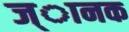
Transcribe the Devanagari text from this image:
ज्ानक